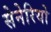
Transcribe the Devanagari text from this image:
सेनेरियो